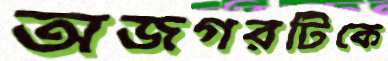
অজগরটিকে